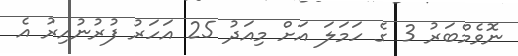
ނޮވެމްބަރު 3 ގެ ހަމަލަ އަށް މިއަދު 25 އަހަރު ފުރުނުއިރު އެ